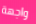
واجهة